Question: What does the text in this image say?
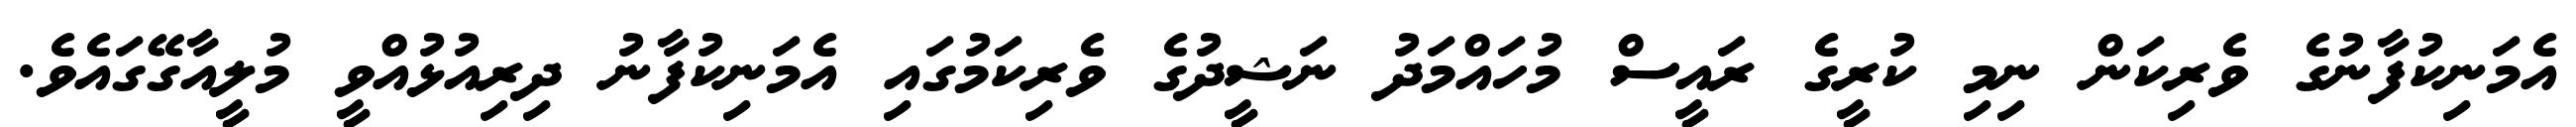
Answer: އެމަނިކުފާނުގެ ވެރިކަން ނިމި ކުރީގެ ރައީސް މުހައްމަދު ނަޝީދުގެ ވެރިކަމުގައި އެމަނިކުފާނު ދިރިއުޅުއްވީ މުލީއާގޭގައެވެ.